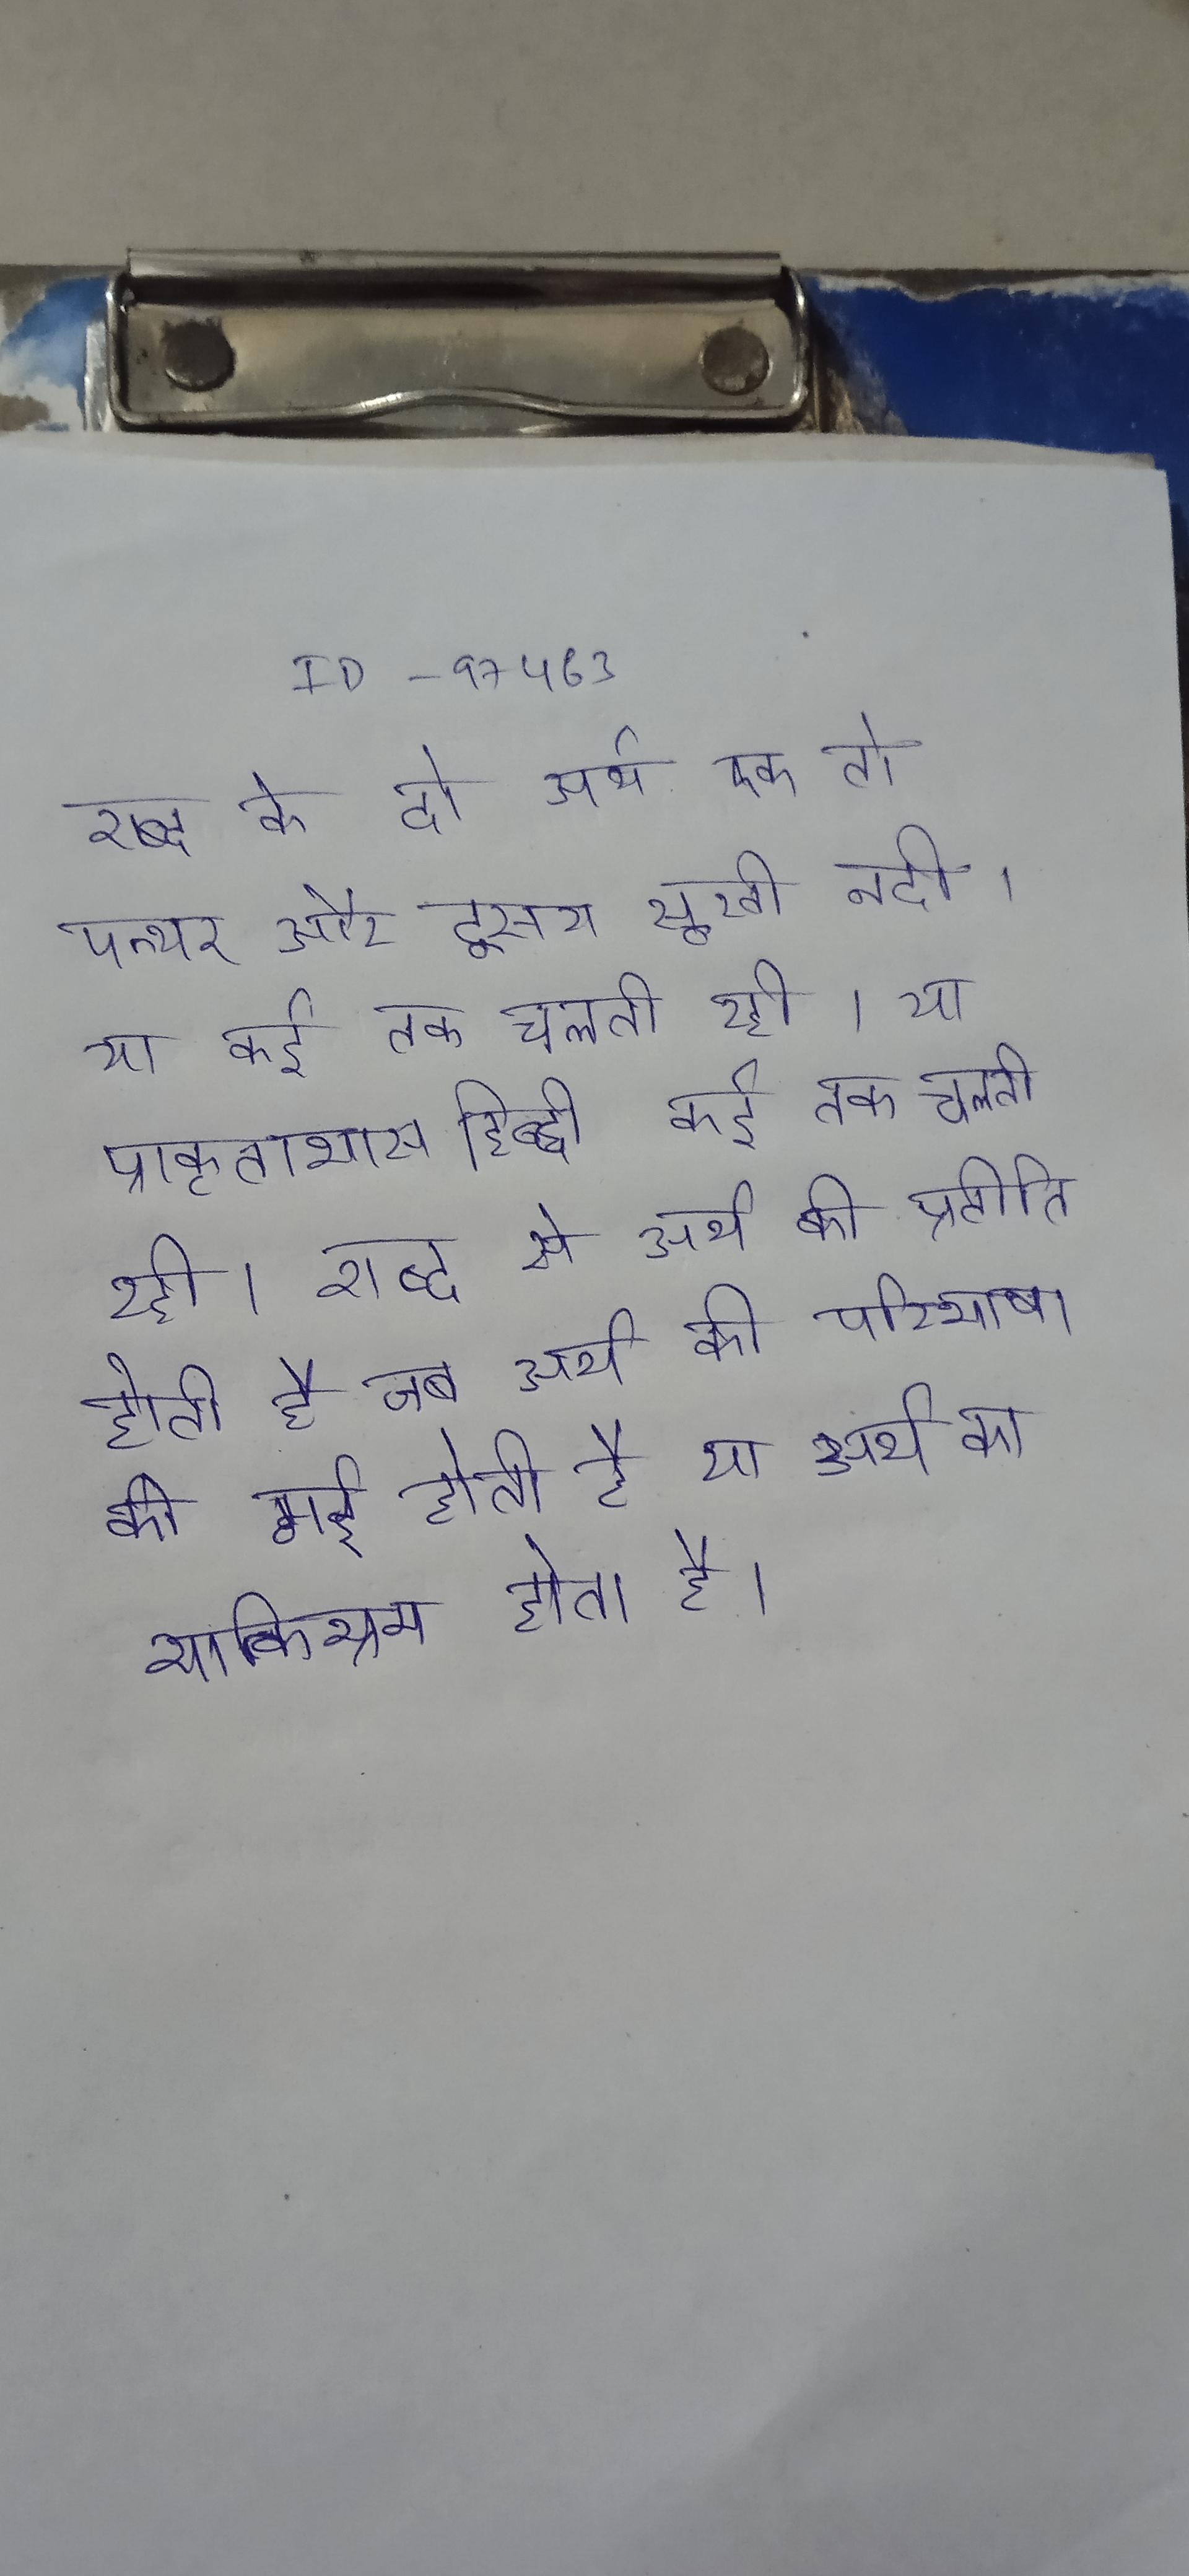
शब्द के दो अर्थ एक तो पत्थर और दूसरा सूखी नदी । या कई तक चलती रही । या प्राकृताभास हिन्दी कई तक चलती रही । शब्द से अर्थ की प्रतीति होती है जब अर्थ की परिभाषा की गई होती है या अर्थ का शक्तिभ्रम होता है ।